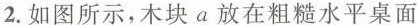
2.如图所示，木块a放在粗糙水平桌面